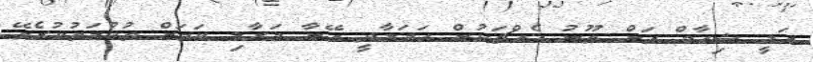
އަލީ ޝިހާމް އަށް ތޫނު އެއްޗަކުން ހަމަލާދީ އޭނާ މަރާލި ކަމަށް ތުހުމަތުކުރެވޭ